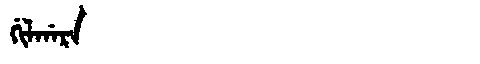
Manchu: ᡤᡳᠯᡤᠠᡵᠠ
Romanization: GILGARA